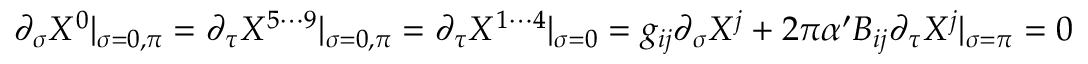
\partial _ { \sigma } X ^ { 0 } | _ { \sigma = 0 , \pi } = \partial _ { \tau } X ^ { 5 \cdots 9 } | _ { \sigma = 0 , \pi } = \partial _ { \tau } X ^ { 1 \cdots 4 } | _ { \sigma = 0 } = g _ { i j } \partial _ { \sigma } X ^ { j } + 2 \pi \alpha ^ { \prime } B _ { i j } \partial _ { \tau } X ^ { j } | _ { \sigma = \pi } = 0